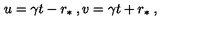
u = \gamma t - r _ { \ast } \: , v = \gamma t + r _ { \ast } \: ,